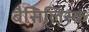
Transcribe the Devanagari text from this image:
बैसिलिस्क